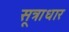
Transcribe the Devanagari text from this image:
सूत्राधार